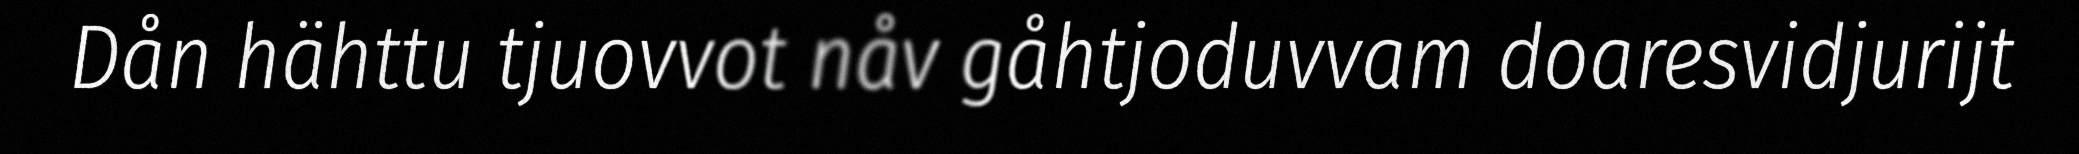
Dån hähttu tjuovvot nåv gåhtjoduvvam doaresvidjurijt